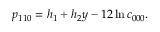
p _ { 1 1 0 } = h _ { 1 } + h _ { 2 } y - 1 2 \ln c _ { 0 0 0 } .